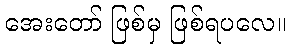
အေးတော် ဖြစ်မှ ဖြစ်ရပလေ။